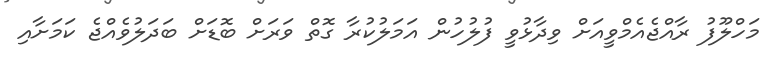
މަހްލޫފު ރާއްޖެއެމްވީއަށް ވިދާޅުވީ ފުލުހުން އަމަލުކުރާ ގޮތް ވަރަށް ބޮޑަށް ބަދަލުވެއްޖެ ކަމަށާއި